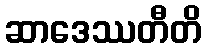
ဆာဒေဿတီတိ